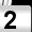
Digit: 2